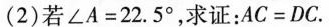
(2)若$$\angle A=22.5^{\circ}$$，求证：$$AC=DC$$.